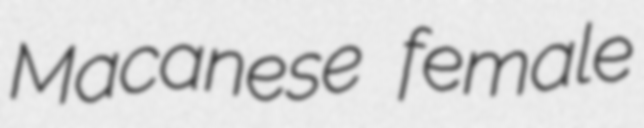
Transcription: Macanese female